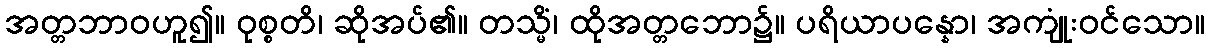
အတ္တဘာဝဟူ၍။ ဝုစ္စတိ၊ ဆိုအပ်၏။ တသ္မိံ၊ ထိုအတ္တဘော၌။ ပရိယာပန္နော၊ အကျုံးဝင်သော။